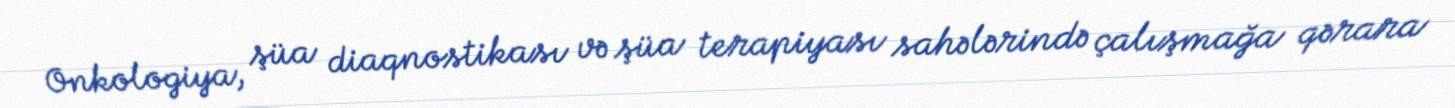
Onkologiya, şüa diaqnostikası və şüa terapiyası sahələrində çalışmağa qərara